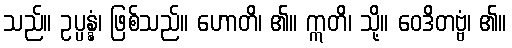
သည်။ ဥပ္ပန္နံ၊ ဖြစ်သည်။ ဟောတိ၊ ၏။ ဣတိ၊ သို့။ ဝေဒိတဗ္ဗံ၊ ၏။